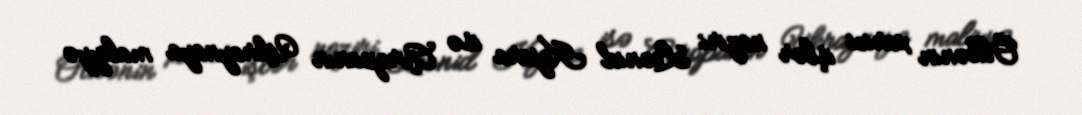
Ölkənin xarici işlər naziri Leonid Kojara isə Avropanın Ukraynaya maliyyə